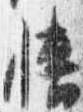
幡